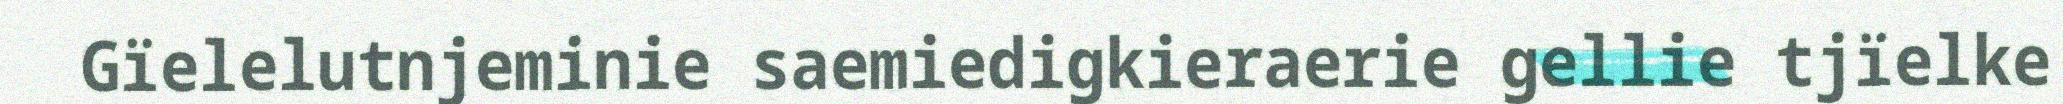
Gïelelutnjeminie saemiedigkieraerie gellie tjïelke